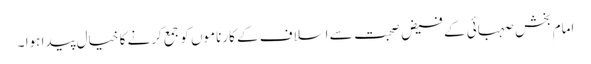
امام بخش صہبائی کے فیض صحبت سے اسلاف کے کارناموں کو جمع کرنے کا خیال پیدا ہوا ۔